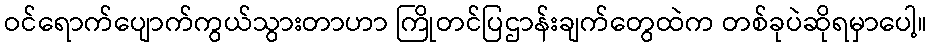
ဝင်ရောက်ပျောက်ကွယ်သွားတာဟာ ကြိုတင်ပြဌာန်းချက်တွေထဲက တစ်ခုပဲဆိုရမှာပေါ့။